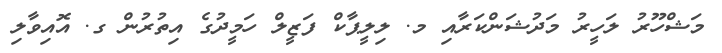
މަޝްހޫރު ލަހީރު މަދުޝަންކަރާއި މ. ލިލީޕާކް ފަޒީލް ހަމީދުގެ އިތުރުން ގ. އޮއިވާލި